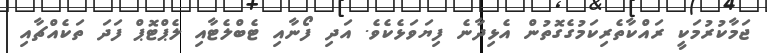
ޖަމާކުރުމަކީ ރައްކާތެރިކަމުގެގޮތުން އެޅިދާނެ ފިޔަވަޅެކެވެ. އަދި ފޯނާއި ޓެބްލެޓާއި ލެޕްޓޮޕް ފަދަ ތަކެއްޗާއި